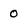
Character: 0